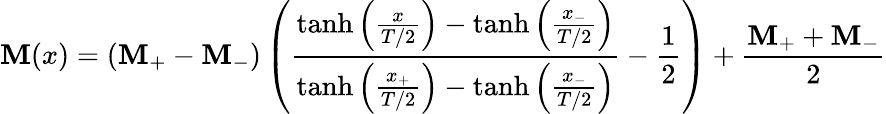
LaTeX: \mathbf{M}(x)=\left(\mathbf{M}_{+}-\mathbf{M}_{-}\right)\left(\frac{\operatorname{tanh}\left(\frac{x}{T/2}\right)-\operatorname{tanh}\left(\frac{x_{-}}{T/2}\right)}{\operatorname{tanh}\left(\frac{x_{+}}{T/2}\right)-\operatorname{tanh}\left(\frac{x_{-}}{T/2}\right)}-\frac{1}{2}\right)+\frac{\mathbf{M}_{+}+\mathbf{M}_{-}}{2}